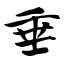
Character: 垂